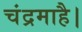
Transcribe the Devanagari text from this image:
चंद्रमाहै।